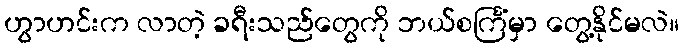
ဟွာဟင်းက လာတဲ့ ခရီးသည်တွေကို ဘယ်စင်္ကြံမှာ တွေ့နိုင်မလဲ။